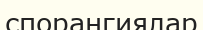
спорангиялар